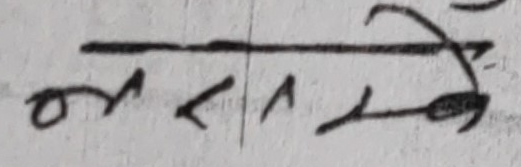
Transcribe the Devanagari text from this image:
मसले